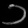
Digit: ၁